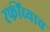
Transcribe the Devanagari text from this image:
रफींच्याच